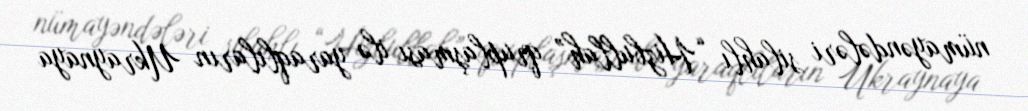
nümayəndələri silahlı “Hizbullah” qruplaşması ilə yaraqlıların Ukraynaya